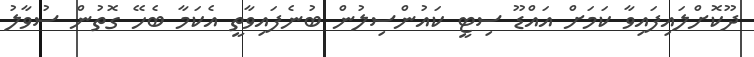
ދޫކޮށްލައިފައިވާ ކަމަށް އައްޑޫ ސިޓީ ކައުންސިލުން ބުނެފައިވާތީ އެކަމާ ބެހޭ ގޮތުން ސުވާލު